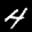
Label: 4